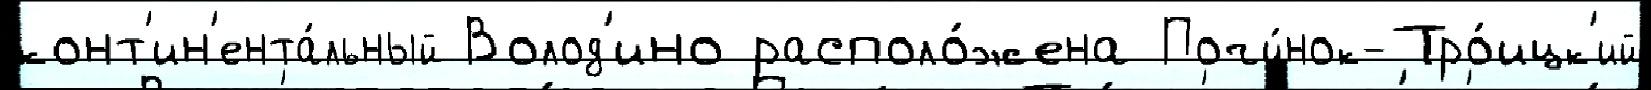
конт'ин'ента́льный Волод'ино располо́жена Почи́нок-Тро́ицк'ий